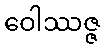
ဝေါဿဇ္ဇ